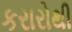
કરારોથી